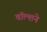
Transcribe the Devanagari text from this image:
वॉल्शने